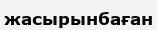
жасырынбаған